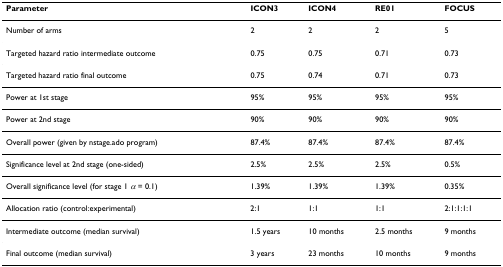
| Parameter | ICON3 | ICON4 | RE01 | FOCUS |
 | --- | --- | --- | --- | --- |
 | Number of arms | 2 | 2 | 2 | 5 |
 | Targeted hazard ratio intermediate outcome | 0.75 | 0.75 | 0.71 | 0.73 |
 | Targeted hazard ratio final outcome | 0.75 | 0.74 | 0.71 | 0.73 |
 | Power at 1st stage | 95% | 95% | 95% | 95% |
 | Power at 2nd stage | 90% | 90% | 90% | 90% |
 | Overall power (given by nstage.ado program) | 87.4% | 87.4% | 87.4% | 87.4% |
 | Significance level at 2nd stage (one-sided) | 2.5% | 2.5% | 2.5% | 0.5% |
 | Overall significance level (for stage 1 α = 0.1) | 1.39% | 1.39% | 1.39% | 0.35% |
 | Allocation ratio (control:experimental) | 2:1 | 1:1 | 1:1 | 2:1:1:1:1 |
 | Intermediate outcome (median survival) | 1.5 years | 10 months | 2.5 months | 9 months |
 | Final outcome (median survival) | 3 years | 23 months | 10 months | 9 months |